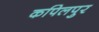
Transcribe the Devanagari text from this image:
कपिलपुर